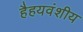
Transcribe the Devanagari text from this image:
हैहयवंशीय